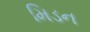
મિડન